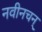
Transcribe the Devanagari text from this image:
नवीनचन्